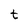
Character: t